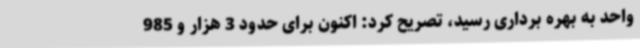
واحد به بهره برداری رسید، تصریح کرد: اکنون برای حدود 3 هزار و 985